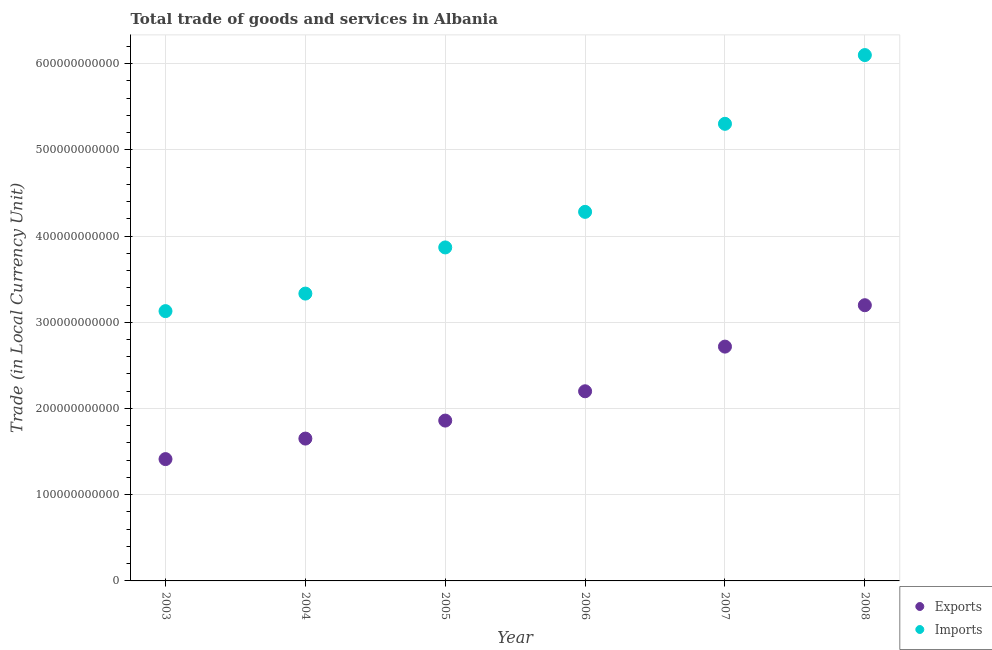
| Year | Exports | Imports |
 | --- | --- | --- |
 | 2003 | 1.41e+11 | 3.13e+11 |
 | 2004 | 1.65e+11 | 3.33e+11 |
 | 2005 | 1.86e+11 | 3.87e+11 |
 | 2006 | 2.2e+11 | 4.28e+11 |
 | 2007 | 2.72e+11 | 5.3e+11 |
 | 2008 | 3.2e+11 | 6.1e+11 |